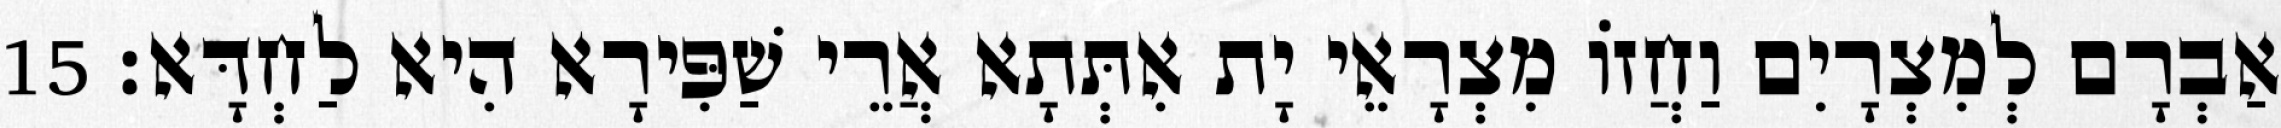
אַבְרָם לְמִצְרָיִם וַחֲזוֹ מִצְרָאֵי יָת אִתְּתָא אֲרֵי שַׁפִּירָא הִיא לַחְדָּא׃ 15